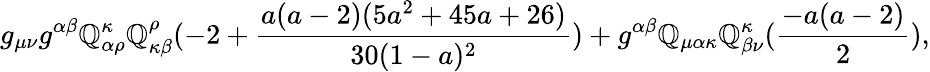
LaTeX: g_{\mu\nu}g^{\alpha\beta}\mathbb{Q}_{\alpha\rho}^{\kappa}\mathbb{Q}_{\kappa\beta}^{\rho}(-2+\frac{{a(a-2)(5a^{2}+45a+26)}}{{30(1-a)^{2}}})+g^{\alpha\beta}\mathbb{Q}_{\mu\alpha\kappa}\mathbb{Q}_{\beta\nu}^{\kappa}(\frac{{-a(a-2)}}{{2}}),